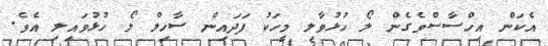
އެކަން އިހްސާސްވެގެން ލޯ ހުޅުވާލި މީހަކު ފަދައިން ސާހިލް ލޯ ހުޅުވައިލި އެވެ.